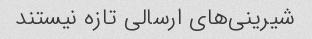
شیرینی‌های ارسالی تازه نیستند